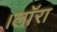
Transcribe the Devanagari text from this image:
।लाॅरा